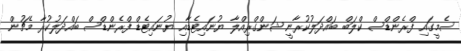
ސެމީގައި ފްރެންޑްސް ކްލަބް ބައްދަލުކުރާނީ ޝަންގްރިއްލާ ޔުނައިޓެޑާއި ޔުނައިޓެޑް ފްރެންޑްސް ބައްދަލުކުރާ މެޗުން